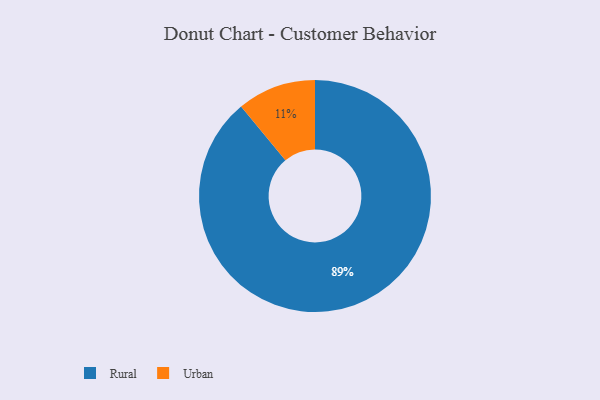
{"axis": {"x": "Category", "y": "Percentage"}, "legend": ["Rural", "Urban"], "data": [{"x": "Rural", "y": 89, "type": "Rural"}, {"x": "Urban", "y": 11, "type": "Urban"}]}